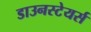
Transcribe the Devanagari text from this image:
डाउनस्टेयर्स